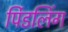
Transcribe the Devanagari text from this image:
र्पिडलिंग